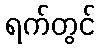
ရက်တွင်